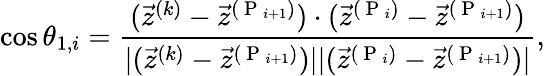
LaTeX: \cos\theta_{1,i}=\frac{(\vec{z}^{(k)}-\vec{z}^{(\mathrm{~P~}_{i+1})})\cdot(\vec{z}^{(\mathrm{~P~}_{i})}-\vec{z}^{(\mathrm{~P~}_{i+1})})}{|(\vec{z}^{(k)}-\vec{z}^{(\mathrm{~P~}_{i+1})})||(\vec{z}^{(\mathrm{~P~}_{i})}-\vec{z}^{(\mathrm{~P~}_{i+1})})|},